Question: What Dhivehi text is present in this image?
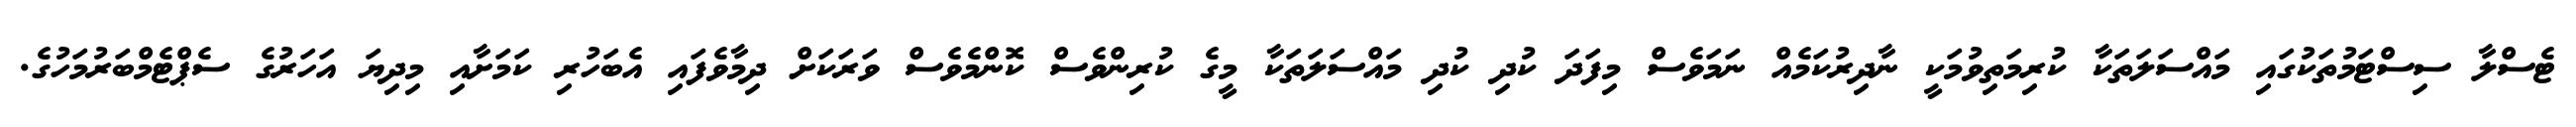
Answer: ޓެސްލާ ސިސްޓަމުތަކުގައި މައްސަލަތަކާ ކުރިމަތިވުމަކީ ނާދިރުކަމެއް ނަމަވެސް މިފަދަ ކުދި ކުދި މައްސަލަތަކާ މީގެ ކުރިންވެސް ކޮންމެވެސް ވަރަކަށް ދިމާވެފައި އެބަހުރި ކަމަށާއި މިދިޔަ އަހަރުގެ ސެޕްޓެމްބަރުމަހުގެ.